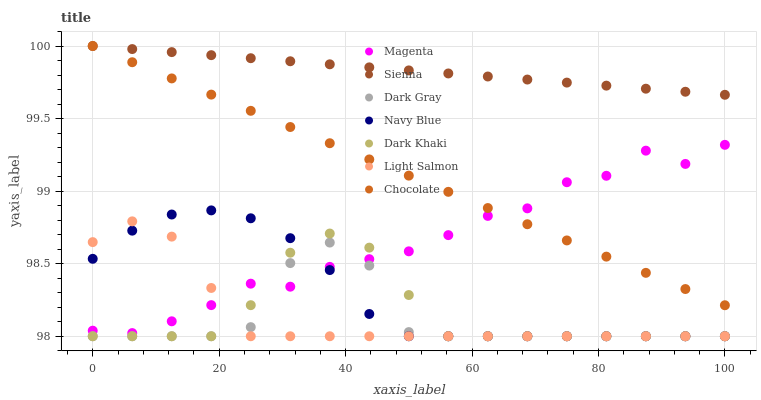
| xaxis_label | Magenta | Sienna | Dark Gray | Navy Blue | Dark Khaki | Light Salmon | Chocolate |
 | --- | --- | --- | --- | --- | --- | --- | --- |
 | 0 | 98 | 100 | 98 | 98.5 | 98 | 98.6 | 100 |
 | 6.25 | 98 | 100 | 98 | 98.7 | 98 | 98.8 | 99.9 |
 | 12.5 | 98.1 | 100 | 98 | 98.8 | 98 | 98.7 | 99.8 |
 | 18.8 | 98.2 | 99.9 | 98 | 98.9 | 98 | 98.3 | 99.7 |
 | 25 | 98.4 | 99.9 | 98.1 | 98.8 | 98.2 | 98 | 99.6 |
 | 31.2 | 98.3 | 99.9 | 98.5 | 98.7 | 98.6 | 98 | 99.4 |
 | 37.5 | 98.5 | 99.9 | 98.6 | 98.5 | 98.7 | 98 | 99.3 |
 | 43.8 | 98.5 | 99.9 | 98.5 | 98.2 | 98.6 | 98 | 99.2 |
 | 50 | 98.6 | 99.8 | 98 | 98 | 98.3 | 98 | 99.1 |
 | 56.2 | 98.7 | 99.8 | 98 | 98 | 98 | 98 | 99 |
 | 62.5 | 98.8 | 99.8 | 98 | 98 | 98 | 98 | 98.9 |
 | 68.8 | 98.9 | 99.8 | 98 | 98 | 98 | 98 | 98.8 |
 | 75 | 99.1 | 99.7 | 98 | 98 | 98 | 98 | 98.7 |
 | 81.2 | 99.1 | 99.7 | 98 | 98 | 98 | 98 | 98.5 |
 | 87.5 | 99.3 | 99.7 | 98 | 98 | 98 | 98 | 98.4 |
 | 93.8 | 99.2 | 99.7 | 98 | 98 | 98 | 98 | 98.3 |
 | 100 | 99.3 | 99.7 | 98 | 98 | 98 | 98 | 98.2 |